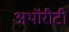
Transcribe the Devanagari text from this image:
अथॉरीटी